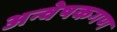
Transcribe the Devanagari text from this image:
अन्वेषकगण